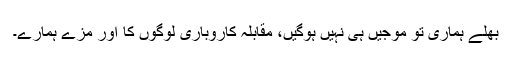
بھلے ہماری تو موجیں ہی نہیں ہوگیں، مقابلہ کاروباری لوگوں کا اور مزے ہمارے۔